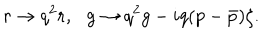
r \rightarrow q ^ { 2 } r , \, \, \, \, g \rightarrow q ^ { 2 } g - i q ( p - \bar { p } ) \zeta .